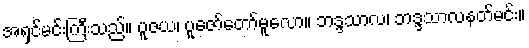
အရှင်မင်းကြီးသည်။ ပူဇယ၊ ပူဇော်တော်မူလော။ ဘဒ္ဒသာလ၊ ဘဒ္ဒသာလနတ်မင်း။